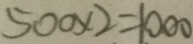
5 0 0 \times 2 = 1 0 0 0